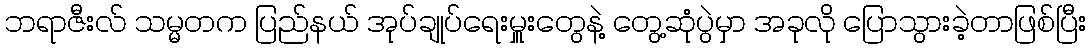
ဘရာဇီးလ် သမ္မတက ပြည်နယ် အုပ်ချုပ်ရေးမှူးတွေနဲ့ တွေ့ဆုံပွဲမှာ အခုလို ပြောသွားခဲ့တာဖြစ်ပြီး